Report of the Indian Hemp Drugs Commission, 1894-1895 - Volume III
Year: 1894
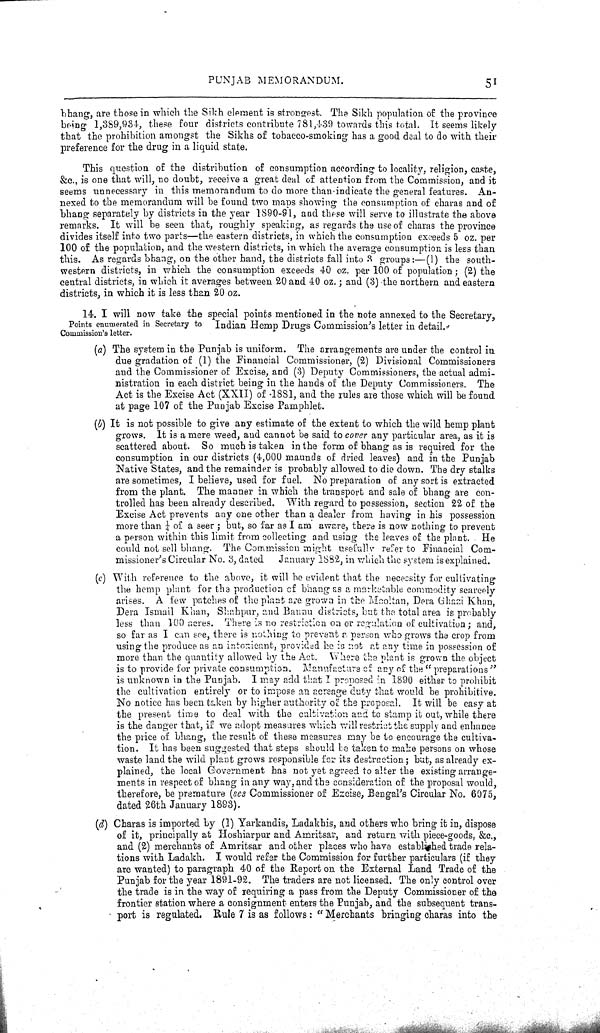
PUNJAB MEMORANDUM.
51
bhang, are those in which the Sikh element is strongest. The Sikh population of the province
being 1,389,934, these four districts contribute 781,439 towards this total. It seems likely
that the prohibition amongst the Sikhs of tobacco-smoking has a good deal to do with their
preference for the drug in a liquid state.
This question of the distribution of consumption according to locality, religion, caste,
&c., is one that will, no doubt, receive a great deal of attention from the Commission, and it
seems unnecessary in this memorandum to do more than indicate the general features. An-
nexed to the memorandum will be found two maps showing the consumption of charas and of
bhang separately by districts in the year 1890-91, and these will serve to illustrate the above
remarks. It will be seen that, roughly speaking, as regards the use of charas the province
divides itself into two parts—the eastern districts, in which the consumption exceeds 5 oz. per
100 of the population, and the western districts, in which the average consumption is less than
this. As regards bhang, on the other hand, the districts fall into 3 groups:—(1) the south-
western districts, in which the consumption exceeds 40 oz. per 100 of population; (2) the
central districts, in which it averages between 20 and 40 oz.; and (3) the northern and eastern
districts, in which it is less than 20 oz.
Points enumerated in Secretary to
Commission's letter.
14. I will now take the special points mentioned in the note annexed to the Secretary,
Indian Hemp Drugs Commission's letter in detail.
(a) The system in the Punjab is uniform. The arrangements are under the control in
due gradation of (1) the Financial Commissioner, (2) Divisional Commissioners
and the Commissioner of Excise, and (3) Deputy Commissioners, the actual admi-
nistration in each district being in the hands of the Deputy Commissioners. The
Act is the Excise Act (XXII) of 1881, and the rules are those which will be found
at page 107 of the Punjab Excise Pamphlet.
(b) It is not possible to give any estimate of the extent to which the wild hemp plant
grows. It is a mere weed, and cannot be said to cover any particular area, as it is
scattered about. So much is taken in the form of bhang as is required for the
consumption in our districts (4,000 maunds of dried leaves) and in the Punjab
Native States, and the remainder is probably allowed to die down. The dry stalks
are sometimes, I believe, used for fuel. No preparation of any sort is extracted
from the plant. The manner in which the transport and sale of bhang are con-
trolled has been already described. With regard to possession, section 22 of the
Excise Act prevents any one other than a dealer from having in his possession
more than ¼ of a seer; but, so far as I am aware, there is now nothing to prevent
a person within this limit from collecting and using the leaves of the plant. He
could not sell bhang. The Commission might usefully refer to Financial Com-
missioner's Circular No. 3, dated January 1882, in which the system is explained.
(c) With reference to the above, it will be evident that the necessity for cultivating
the hemp plant for the production of bhang as a marketable commodity scarcely
arises. A few patches of the plant are grown in the Mooltan, Dera Ghazi Khan,
Dera Ismail Khan, Shahpur, and Bannu districts, but the total area is probably
less than 100 acres. There is no restriction on or regulation of cultivation; and,
so far as I can see, there is nothing to prevent a person who grows the crop from
using the produce as an intoxicant, provided he is not at any time in possession of
more than the quantity allowed by the Act. Where the plant is grown the object
is to provide for private consumption. Manufacture of any of the "preparations"
is unknown in the Punjab. I may add that I proposed in 1890 either to prohibit
the cultivation entirely or to impose an acreage duty that would be prohibitive.
No notice has been taken by higher authority of the proposal. It will be easy at
the present time to deal with the cultivation and to stamp it out, while there
is the danger that, if we adopt measures which will restrict the supply and enhance
the price of bhang, the result of these measures may be to encourage the cultiva-
tion. It has been suggested that steps should be taken to make persons on whose
waste land the wild plant grows responsible for its destruction; but, as already ex-
plained, the local Government has not yet agreed to alter the existing arrange-
ments in respect of bhang in any way, and the consideration of the proposal would,
therefore, be premature (see Commissioner of Excise, Bengal's Circular No. 6075,
dated 26th January 1893).
(d) Charas is imported by (1) Yarkandis, Ladakhis, and others who bring it in, dispose
of it, principally at Hoshiarpur and Amritsar, and return with piece-goods, &c.,
and (2) merchants of Amritsar and other places who have established trade rela-
tions with Ladakh. I would refer the Commission for further particulars (if they
are wanted) to paragraph 40 of the Report on the External Land Trade of the
Punjab for the year 1891-92. The traders are not licensed. The only control over
the trade is in the way of requiring a pass from the Deputy Commissioner of the
frontier station where a consignment enters the Punjab, and the subsequent trans-
port is regulated. Rule 7 is as follows: "Merchants bringing charas into the